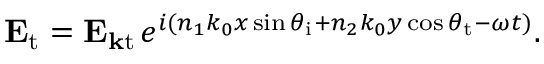
\mathbf { E } _ { \mathrm { t } } = \mathbf { E } _ { \mathbf { k } { \mathrm { t } } \, } e ^ { i ( n _ { 1 } k _ { 0 } x \sin \theta _ { \mathrm { i } } + n _ { 2 } k _ { 0 } y \cos \theta _ { \mathrm { t } } - \omega t ) } .